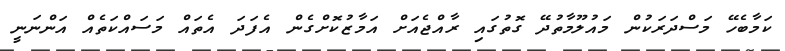
ކަމާބެހޭ މަސްދަރަކުން މައުލޫމާތުދޭ ގޮތުގައި ރާއްޖެއަށް އަމާޒުކޮށްގެން އެފަދަ އެތައް މަސައްކަތެއް އަންނަނީ